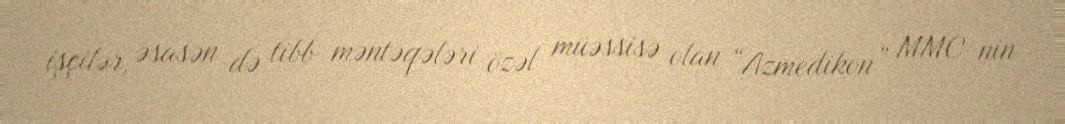
işçilər, əsasən də tibb məntəqələri özəl müəssisə olan “Azmedikon” MMC-nin